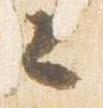
々